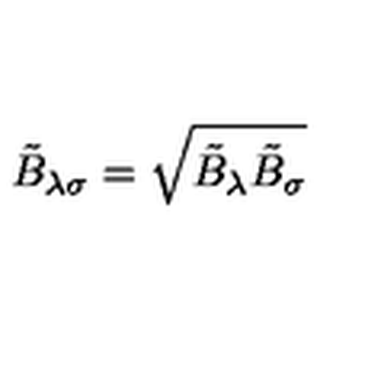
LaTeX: \tilde { B } _ { \lambda \sigma } = \sqrt { \tilde { B } _ { \lambda } \tilde { B } _ { \sigma } }